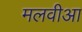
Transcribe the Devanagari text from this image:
मलवीआ